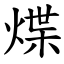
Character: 煠